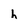
Character: h